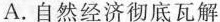
A.自然经济彻底瓦解